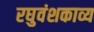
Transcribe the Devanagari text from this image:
रघुवंशकाव्य